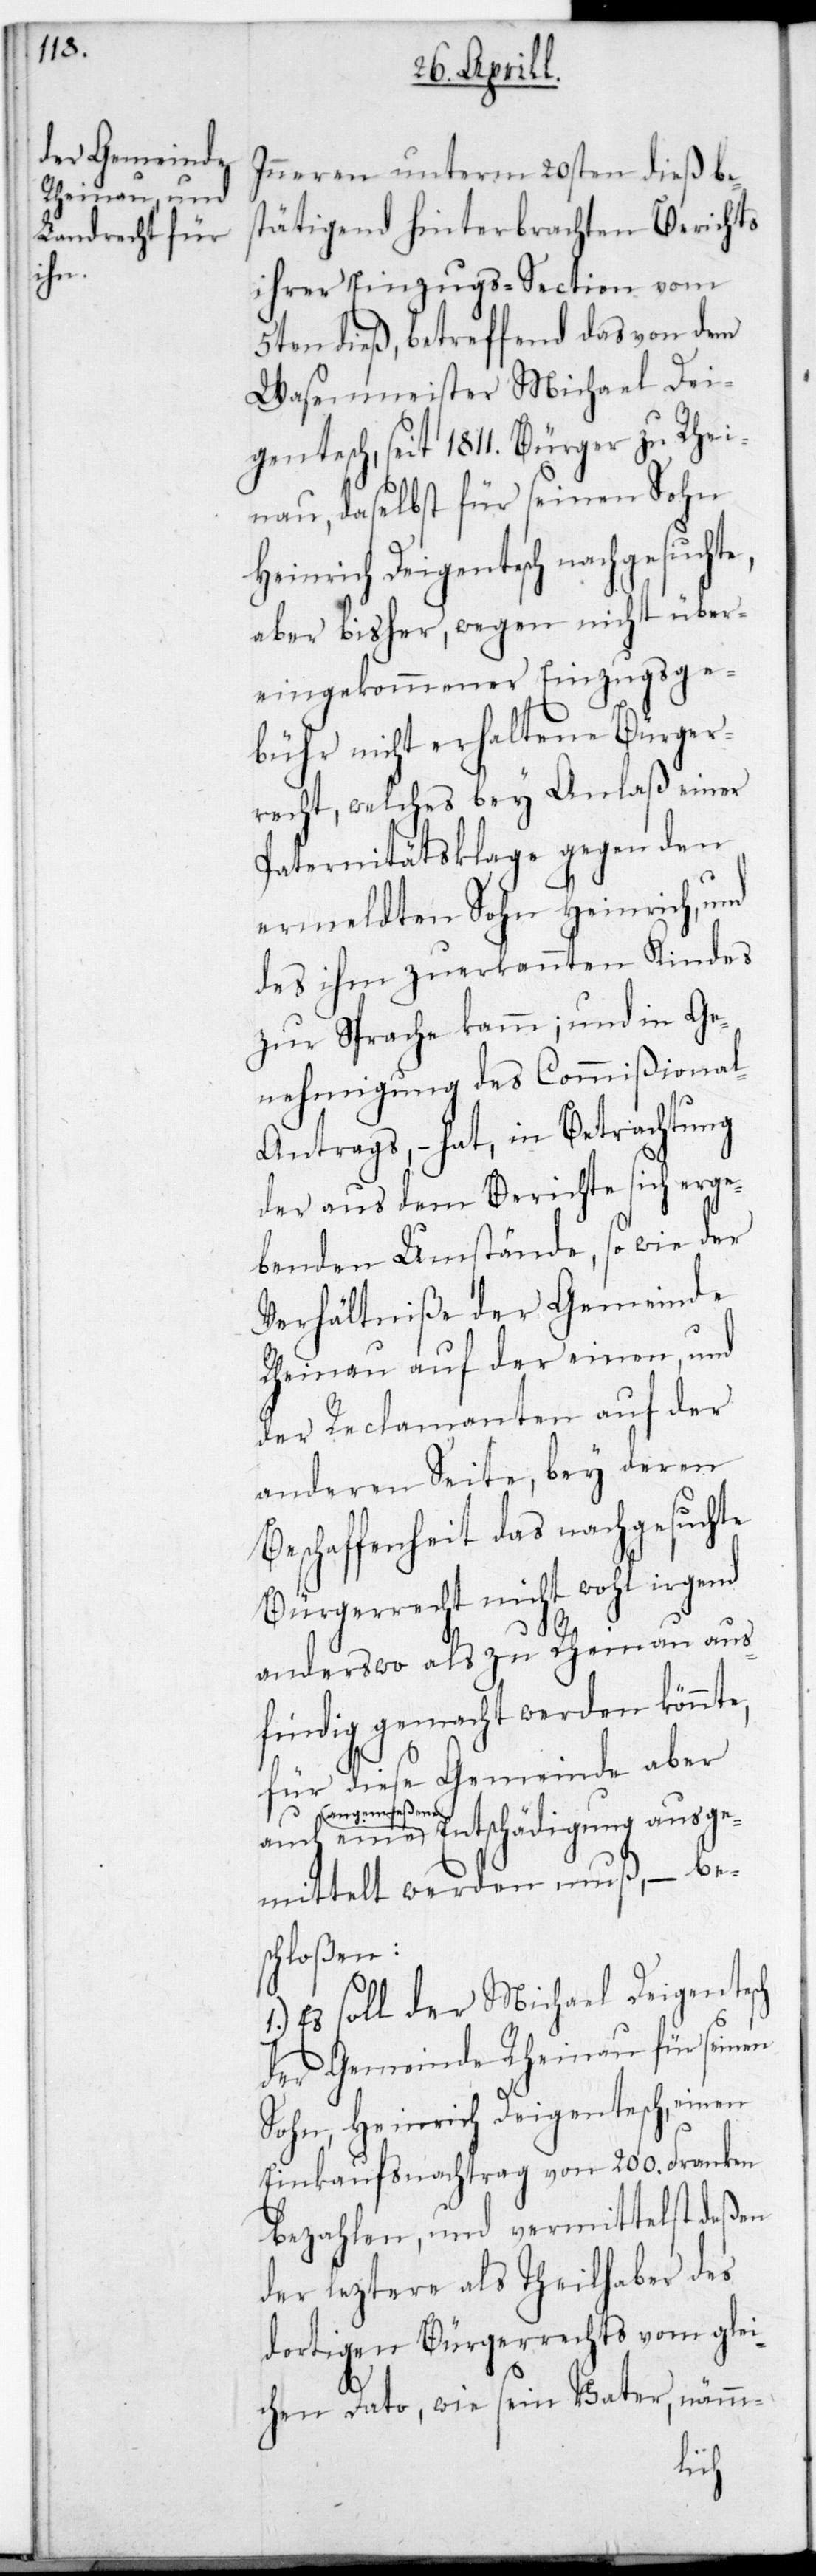
eine

Inneren unterm 20sten dieß be¬
sthätigend hinterbrachten Berichts
ihrer Einzugßection vom
5ten dieß, betreffend das von dem
Wasenmeister Michael Dei¬
gentesch, seit 1811. Bürger zu Rhei¬
nau, daselbst für seinen Sohn
Heinrich Deigentesch
aber bisher wegen nicht über¬
eingekommener Einzugsge¬
bühr nicht erhaltene Bürger¬
recht, welches bey Anlaß einer
Paternitätsklage gegen den
ermeldten Sohn Heinrich, und
des ihm zuerkannten Kindes
zur Sprache kam; und in Ge¬
nehmigung des Commißional-A¬
ntrags, – hat, in Betrachtung
der aus dem Berichte sich erge¬
benden Umstände, sowie der
Verhältniße der Gemeinde
Rheinau auf der einen und
der Reclamanten auf der
anderen Seite, bey deren
Beschaffenheit das nachgesuchte
Bürgerrecht nicht wohl irgend
anderswo als zu Rheinau aus¬
findig gemacht werden könnte,
für diese Gemeinde aber
angemeßene Entschädigung ausge¬
mittelt werden muß, – bes¬
chloßen:
Es soll der Michael Deigentesch
der Gemeinde Rheinau für seinen
Sohn, Heinrich Deigentesch, einen
Einkaufsnachtrag von 200. Franken
bezahlen, und vermittelst deßen
der letztere als Theilhaber des
dortigen Bürgerrechts vom glei¬
chen Dato wie sein Vater, nämm-